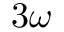
3 \omega